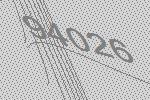
94026